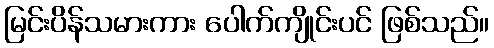
မြင်းပိန်သမားကား ပေါက်ကျိုင်းပင် ဖြစ်သည်။